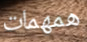
همهمات